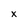
Character: X